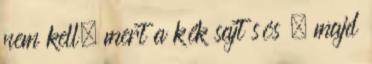
nem kell, mert a kék sajt sós , majd